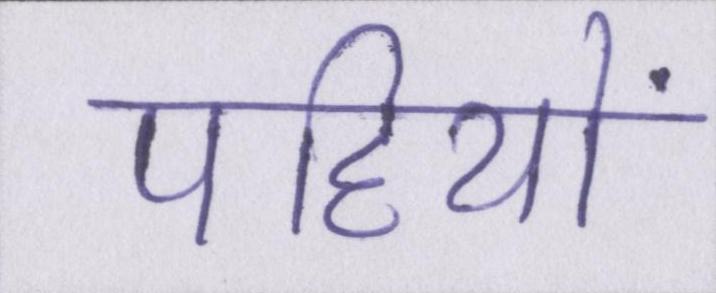
पहियों